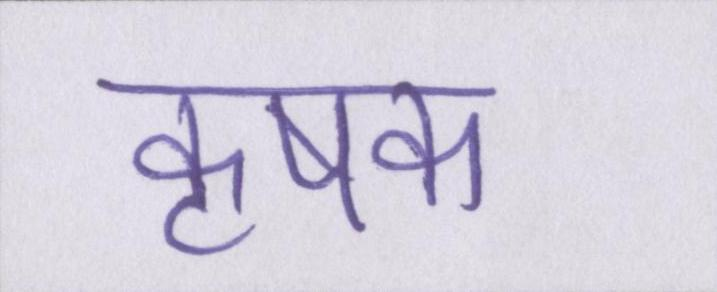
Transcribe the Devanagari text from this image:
कृषक